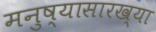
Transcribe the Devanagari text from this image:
मनुष्यासारख्या